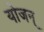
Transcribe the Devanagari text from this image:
योजन्